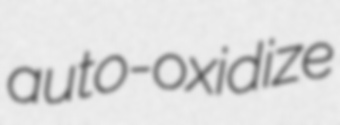
auto-oxidize